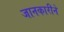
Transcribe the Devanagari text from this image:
जानकारीने